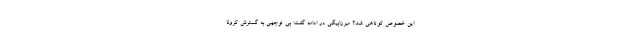
این خصوص کوتاهی شد؟ میرزابیگی در ادامه گفت: بی توجهی به گسترش کرونا